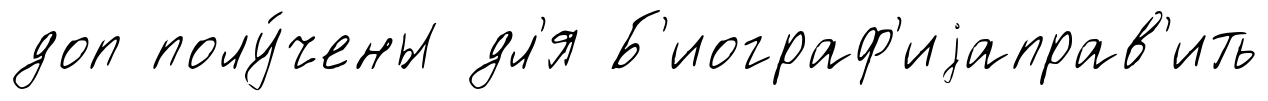
доп полу́чены дл'я Б'иограф'иjаправ'ить